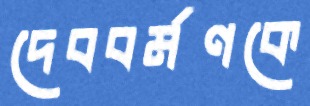
দেববর্মণকে